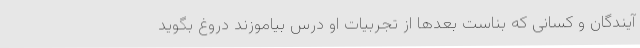
آیندگان و کسانی که بناست بعدها از تجربیات او درس بیاموزند دروغ بگوید